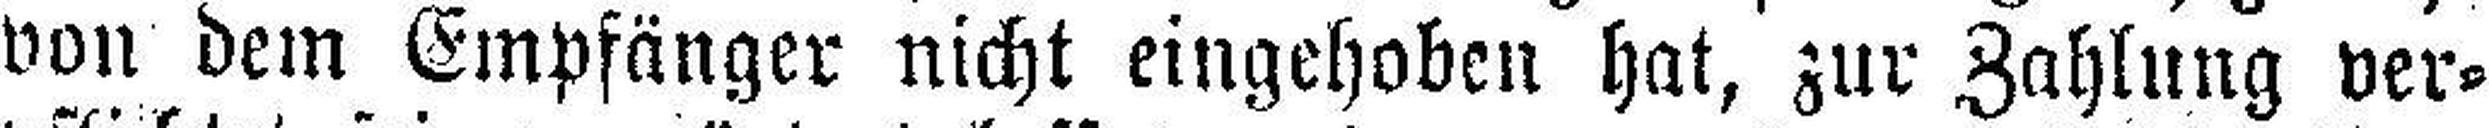
von dem Empfänger nicht eingehoben hat, zur Zahlung ver¬